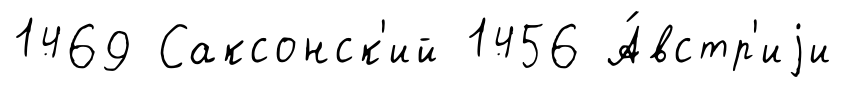
1469 Саксонск'ий 1456 А́встр'иjи